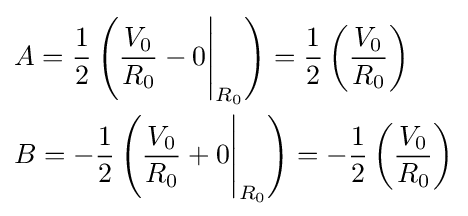
{\begin{aligned}&A={\frac {1}{2}}\left({\frac {V_{0}}{R_{0}}}-0{\Bigg \vert }_{R_{0}}\right)={\frac {1}{2}}\left({\frac {V_{0}}{R_{0}}}\right)\\&B=-{\frac {1}{2}}\left({\frac {V_{0}}{R_{0}}}+0{\Bigg \vert }_{R_{0}}\right)=-{\frac {1}{2}}\left({\frac {V_{0}}{R_{0}}}\right)\\\end{aligned}}